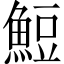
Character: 䱏